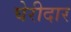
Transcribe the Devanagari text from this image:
घेरीदार